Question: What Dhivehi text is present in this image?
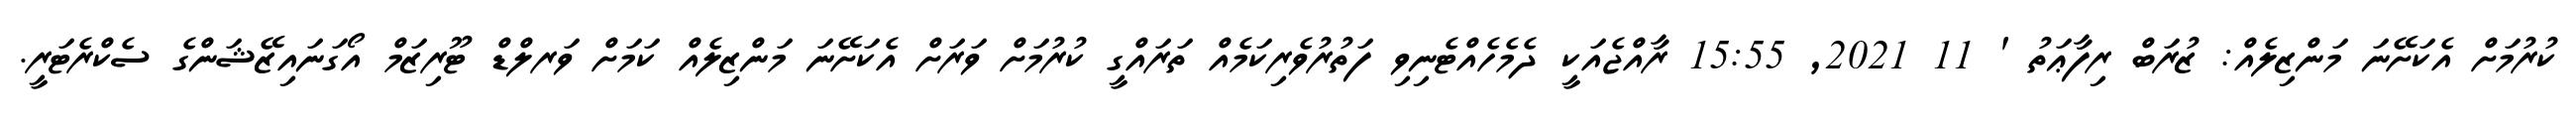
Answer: ކުރުމަށް އެކަށޭނަ މަންޒިލެއް: ޒުރަބް ރިފާޢަތު ' 11 2021, 15:55 ރާއްޖެއަކީ ދެމެހެއްޓެނިވި ފަތުރުވެރިކަމެއް ތަރައްގީ ކުރުމަށް ވަރަށް އެކަށޭނަ މަންޒިލެއް ކަމަށް ވަރލްޑް ޓޫރިޒަމް އޯގަނައިޒޭޝަންގެ ސެކްރެޓަރީ.